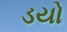
ડયો